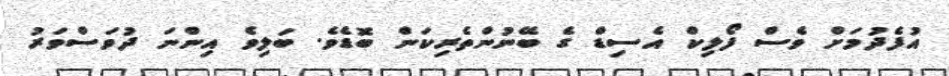
އުފެދުމަށް ވެސް ފޯލިކް އެސިޑް ގެ ބޭނުންތެރިކަން ބޮޑެވެ. ބަލިވެ އިންނަ ދުވަސްވަރު